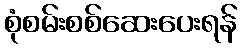
စုံစမ်းစစ်ဆေးပေးရန်